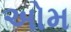
અોમ